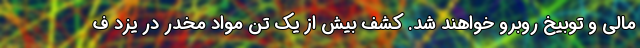
مالی و توبیخ روبرو خواهند شد. کشف بیش از یک تن مواد مخدر در یزد ف